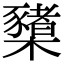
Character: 櫫